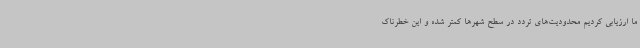
ما ارزیابی کردیم محدودیت‌های تردد در سطح شهرها کمتر شده و این خطرناک